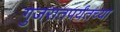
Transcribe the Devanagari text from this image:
गुजरातपर्यंतच्या